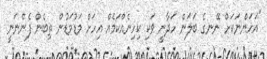
"އަހަންނަކަށް ނޭނގެ ބަލަން ހަދާނީ ވަކި ކިހިނެއްކަމެއް އިހަށް މަޑުމަޑުން ތިބެން ފެންނަނީ